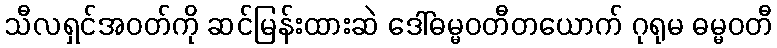
သီလရှင်အဝတ်ကို ဆင်မြန်းထားဆဲ ဒေါ်ဓမ္မဝတီတယောက် ဂုရုမ ဓမ္မဝတီ